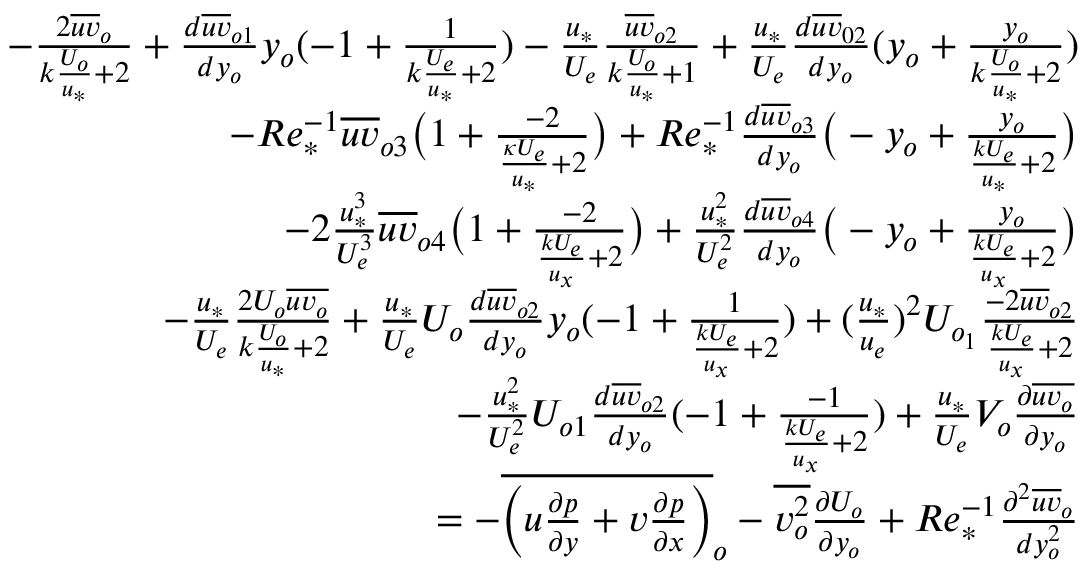
\begin{array} { r } { - \frac { 2 \overline { { u v } } _ { o } } { k \frac { U _ { o } } { u _ { * } } + 2 } + \frac { d \overline { { u v } } _ { o 1 } } { d y _ { o } } y _ { o } ( - 1 + \frac { 1 } { { k \frac { U _ { e } } { u _ { * } } + 2 } } ) - \frac { u _ { * } } { U _ { e } } \frac { \overline { { u v } } _ { o 2 } } { k \frac { U _ { o } } { u _ { * } } + 1 } + \frac { u _ { * } } { U _ { e } } \frac { d \overline { { u v } } _ { 0 2 } } { d y _ { o } } ( y _ { o } + \frac { y _ { o } } { k \frac { U _ { o } } { u _ { * } } + 2 } ) } \\ { - R e _ { * } ^ { - 1 } \overline { { u v } } _ { o 3 } \big ( 1 + \frac { - 2 } { \frac { \kappa U _ { e } } { u _ { * } } + 2 } \big ) + R e _ { * } ^ { - 1 } \frac { d \overline { { u v } } _ { o 3 } } { d y _ { o } } \big ( - y _ { o } + \frac { y _ { o } } { \frac { k U _ { e } } { u _ { * } } + 2 } \big ) } \\ { - 2 \frac { u _ { * } ^ { 3 } } { U _ { e } ^ { 3 } } \overline { { u v } } _ { o 4 } \big ( 1 + \frac { - 2 } { \frac { k U _ { e } } { u _ { x } } + 2 } \big ) + \frac { u _ { * } ^ { 2 } } { U _ { e } ^ { 2 } } \frac { d \overline { { u v } } _ { o 4 } } { d y _ { o } } \big ( - y _ { o } + \frac { y _ { o } } { \frac { k U _ { e } } { u _ { x } } + 2 } \big ) } \\ { - \frac { u _ { * } } { U _ { e } } \frac { 2 U _ { o } \overline { { u v _ { o } } } } { k \frac { U _ { o } } { u _ { * } } + 2 } + \frac { u _ { * } } { U _ { e } } U _ { o } \frac { d \overline { { u v } } _ { o 2 } } { d y _ { o } } y _ { o } ( - 1 + \frac { 1 } { \frac { k U _ { e } } { u _ { x } } + 2 } ) + ( \frac { u _ { * } } { u _ { e } } ) ^ { 2 } U _ { o _ { 1 } } \frac { - 2 \overline { { u v } } _ { o 2 } } { \frac { k U _ { e } } { u _ { x } } + 2 } } \\ { - \frac { u _ { * } ^ { 2 } } { U _ { e } ^ { 2 } } U _ { o 1 } \frac { d \overline { { u v } } _ { o 2 } } { d y _ { o } } ( - 1 + \frac { - 1 } { \frac { k U _ { e } } { u _ { x } } + 2 } ) + \frac { u _ { * } } { U _ { e } } V _ { o } \frac { \partial \overline { { u v _ { o } } } } { \partial y _ { o } } } \\ { = - \overline { { \Big ( u \frac { \partial p } { \partial y } + v \frac { \partial p } { \partial x } \Big ) } } _ { o } - \overline { { v _ { o } ^ { 2 } } } \frac { \partial U _ { o } } { \partial y _ { o } } + R e _ { * } ^ { - 1 } \frac { \partial ^ { 2 } \overline { { u v } } _ { o } } { d y _ { o } ^ { 2 } } } \end{array}